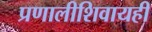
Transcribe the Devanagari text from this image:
प्रणालीशिवायही